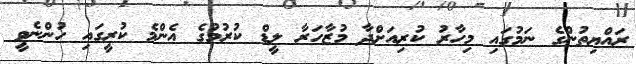
ރައްޔިތުންގެ ނަމުގައި މިހާރު ކުރިއަށްދާ މުޒާހަރާ ލީޑް ކުރުމުގެ އެންމެ ކުރީގައި ހުންނެވީ